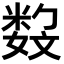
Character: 𡢏